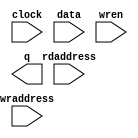
// megafunction wizard: %RAM: 2-PORT%VBB%
// GENERATION: STANDARD
// VERSION: WM1.0
// MODULE: altsyncram 

// ============================================================
// Megafunction Name(s):
// 			altsyncram
//
// Simulation Library Files(s):
// 			altera_mf
// ============================================================
// ************************************************************
// THIS IS A WIZARD-GENERATED FILE. DO NOT EDIT THIS FILE!
//
// 20.1.1 Build 720 11/11/2020 SJ Lite Edition
// ************************************************************

//Copyright (C) 2020  Intel Corporation. All rights reserved.
//Your use of Intel Corporation's design tools, logic functions 
//and other software and tools, and any partner logic 
//functions, and any output files from any of the foregoing 
//(including device programming or simulation files), and any 
//associated documentation or information are expressly subject 
//to the terms and conditions of the Intel Program License 
//Subscription Agreement, the Intel Quartus Prime License Agreement,
//the Intel FPGA IP License Agreement, or other applicable license
//agreement, including, without limitation, that your use is for
//the sole purpose of programming logic devices manufactured by
//Intel and sold by Intel or its authorized distributors.  Please
//refer to the applicable agreement for further details, at
//https://fpgasoftware.intel.com/eula.

module dispmem (
	clock,
	data,
	rdaddress,
	wraddress,
	wren,
	q);

	input	  clock;
	input	[7:0]  data;
	input	[11:0]  rdaddress;
	input	[11:0]  wraddress;
	input	  wren;
	output	[7:0]  q;
`ifndef ALTERA_RESERVED_QIS
// synopsys translate_off
`endif
	tri1	  clock;
	tri0	  wren;
`ifndef ALTERA_RESERVED_QIS
// synopsys translate_on
`endif

endmodule

// ============================================================
// CNX file retrieval info
// ============================================================
// Retrieval info: PRIVATE: ADDRESSSTALL_A NUMERIC "0"
// Retrieval info: PRIVATE: ADDRESSSTALL_B NUMERIC "0"
// Retrieval info: PRIVATE: BYTEENA_ACLR_A NUMERIC "0"
// Retrieval info: PRIVATE: BYTEENA_ACLR_B NUMERIC "0"
// Retrieval info: PRIVATE: BYTE_ENABLE_A NUMERIC "0"
// Retrieval info: PRIVATE: BYTE_ENABLE_B NUMERIC "0"
// Retrieval info: PRIVATE: BYTE_SIZE NUMERIC "8"
// Retrieval info: PRIVATE: BlankMemory NUMERIC "0"
// Retrieval info: PRIVATE: CLOCK_ENABLE_INPUT_A NUMERIC "0"
// Retrieval info: PRIVATE: CLOCK_ENABLE_INPUT_B NUMERIC "0"
// Retrieval info: PRIVATE: CLOCK_ENABLE_OUTPUT_A NUMERIC "0"
// Retrieval info: PRIVATE: CLOCK_ENABLE_OUTPUT_B NUMERIC "0"
// Retrieval info: PRIVATE: CLRdata NUMERIC "0"
// Retrieval info: PRIVATE: CLRq NUMERIC "0"
// Retrieval info: PRIVATE: CLRrdaddress NUMERIC "0"
// Retrieval info: PRIVATE: CLRrren NUMERIC "0"
// Retrieval info: PRIVATE: CLRwraddress NUMERIC "0"
// Retrieval info: PRIVATE: CLRwren NUMERIC "0"
// Retrieval info: PRIVATE: Clock NUMERIC "0"
// Retrieval info: PRIVATE: Clock_A NUMERIC "0"
// Retrieval info: PRIVATE: Clock_B NUMERIC "0"
// Retrieval info: PRIVATE: IMPLEMENT_IN_LES NUMERIC "0"
// Retrieval info: PRIVATE: INDATA_ACLR_B NUMERIC "0"
// Retrieval info: PRIVATE: INDATA_REG_B NUMERIC "0"
// Retrieval info: PRIVATE: INIT_FILE_LAYOUT STRING "PORT_B"
// Retrieval info: PRIVATE: INIT_TO_SIM_X NUMERIC "0"
// Retrieval info: PRIVATE: INTENDED_DEVICE_FAMILY STRING "MAX 10"
// Retrieval info: PRIVATE: JTAG_ENABLED NUMERIC "0"
// Retrieval info: PRIVATE: JTAG_ID STRING "NONE"
// Retrieval info: PRIVATE: MAXIMUM_DEPTH NUMERIC "0"
// Retrieval info: PRIVATE: MEMSIZE NUMERIC "32768"
// Retrieval info: PRIVATE: MEM_IN_BITS NUMERIC "0"
// Retrieval info: PRIVATE: MIFfilename STRING "ramstart.mif"
// Retrieval info: PRIVATE: OPERATION_MODE NUMERIC "2"
// Retrieval info: PRIVATE: OUTDATA_ACLR_B NUMERIC "0"
// Retrieval info: PRIVATE: OUTDATA_REG_B NUMERIC "0"
// Retrieval info: PRIVATE: RAM_BLOCK_TYPE NUMERIC "0"
// Retrieval info: PRIVATE: READ_DURING_WRITE_MODE_MIXED_PORTS NUMERIC "1"
// Retrieval info: PRIVATE: READ_DURING_WRITE_MODE_PORT_A NUMERIC "3"
// Retrieval info: PRIVATE: READ_DURING_WRITE_MODE_PORT_B NUMERIC "3"
// Retrieval info: PRIVATE: REGdata NUMERIC "1"
// Retrieval info: PRIVATE: REGq NUMERIC "0"
// Retrieval info: PRIVATE: REGrdaddress NUMERIC "1"
// Retrieval info: PRIVATE: REGrren NUMERIC "1"
// Retrieval info: PRIVATE: REGwraddress NUMERIC "1"
// Retrieval info: PRIVATE: REGwren NUMERIC "1"
// Retrieval info: PRIVATE: SYNTH_WRAPPER_GEN_POSTFIX STRING "0"
// Retrieval info: PRIVATE: USE_DIFF_CLKEN NUMERIC "0"
// Retrieval info: PRIVATE: UseDPRAM NUMERIC "1"
// Retrieval info: PRIVATE: VarWidth NUMERIC "0"
// Retrieval info: PRIVATE: WIDTH_READ_A NUMERIC "8"
// Retrieval info: PRIVATE: WIDTH_READ_B NUMERIC "8"
// Retrieval info: PRIVATE: WIDTH_WRITE_A NUMERIC "8"
// Retrieval info: PRIVATE: WIDTH_WRITE_B NUMERIC "8"
// Retrieval info: PRIVATE: WRADDR_ACLR_B NUMERIC "0"
// Retrieval info: PRIVATE: WRADDR_REG_B NUMERIC "0"
// Retrieval info: PRIVATE: WRCTRL_ACLR_B NUMERIC "0"
// Retrieval info: PRIVATE: enable NUMERIC "0"
// Retrieval info: PRIVATE: rden NUMERIC "0"
// Retrieval info: LIBRARY: altera_mf altera_mf.altera_mf_components.all
// Retrieval info: CONSTANT: ADDRESS_ACLR_B STRING "NONE"
// Retrieval info: CONSTANT: ADDRESS_REG_B STRING "CLOCK0"
// Retrieval info: CONSTANT: CLOCK_ENABLE_INPUT_A STRING "BYPASS"
// Retrieval info: CONSTANT: CLOCK_ENABLE_INPUT_B STRING "BYPASS"
// Retrieval info: CONSTANT: CLOCK_ENABLE_OUTPUT_B STRING "BYPASS"
// Retrieval info: CONSTANT: INIT_FILE STRING "ramstart.mif"
// Retrieval info: CONSTANT: INTENDED_DEVICE_FAMILY STRING "MAX 10"
// Retrieval info: CONSTANT: LPM_TYPE STRING "altsyncram"
// Retrieval info: CONSTANT: NUMWORDS_A NUMERIC "4096"
// Retrieval info: CONSTANT: NUMWORDS_B NUMERIC "4096"
// Retrieval info: CONSTANT: OPERATION_MODE STRING "DUAL_PORT"
// Retrieval info: CONSTANT: OUTDATA_ACLR_B STRING "NONE"
// Retrieval info: CONSTANT: OUTDATA_REG_B STRING "UNREGISTERED"
// Retrieval info: CONSTANT: POWER_UP_UNINITIALIZED STRING "FALSE"
// Retrieval info: CONSTANT: READ_DURING_WRITE_MODE_MIXED_PORTS STRING "OLD_DATA"
// Retrieval info: CONSTANT: WIDTHAD_A NUMERIC "12"
// Retrieval info: CONSTANT: WIDTHAD_B NUMERIC "12"
// Retrieval info: CONSTANT: WIDTH_A NUMERIC "8"
// Retrieval info: CONSTANT: WIDTH_B NUMERIC "8"
// Retrieval info: CONSTANT: WIDTH_BYTEENA_A NUMERIC "1"
// Retrieval info: USED_PORT: clock 0 0 0 0 INPUT VCC "clock"
// Retrieval info: USED_PORT: data 0 0 8 0 INPUT NODEFVAL "data[7..0]"
// Retrieval info: USED_PORT: q 0 0 8 0 OUTPUT NODEFVAL "q[7..0]"
// Retrieval info: USED_PORT: rdaddress 0 0 12 0 INPUT NODEFVAL "rdaddress[11..0]"
// Retrieval info: USED_PORT: wraddress 0 0 12 0 INPUT NODEFVAL "wraddress[11..0]"
// Retrieval info: USED_PORT: wren 0 0 0 0 INPUT GND "wren"
// Retrieval info: CONNECT: @address_a 0 0 12 0 wraddress 0 0 12 0
// Retrieval info: CONNECT: @address_b 0 0 12 0 rdaddress 0 0 12 0
// Retrieval info: CONNECT: @clock0 0 0 0 0 clock 0 0 0 0
// Retrieval info: CONNECT: @data_a 0 0 8 0 data 0 0 8 0
// Retrieval info: CONNECT: @wren_a 0 0 0 0 wren 0 0 0 0
// Retrieval info: CONNECT: q 0 0 8 0 @q_b 0 0 8 0
// Retrieval info: GEN_FILE: TYPE_NORMAL dispmem.v TRUE
// Retrieval info: GEN_FILE: TYPE_NORMAL dispmem.inc FALSE
// Retrieval info: GEN_FILE: TYPE_NORMAL dispmem.cmp TRUE
// Retrieval info: GEN_FILE: TYPE_NORMAL dispmem.bsf FALSE
// Retrieval info: GEN_FILE: TYPE_NORMAL dispmem_inst.v TRUE
// Retrieval info: GEN_FILE: TYPE_NORMAL dispmem_bb.v TRUE
// Retrieval info: LIB_FILE: altera_mf